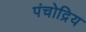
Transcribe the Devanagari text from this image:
पंचोद्रिय